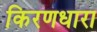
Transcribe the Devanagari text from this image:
किरणधारा